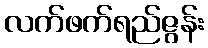
လက်ဖက်ရည်ဇွန်း